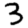
Digit: 3